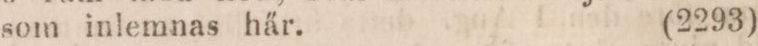
som inlemnas här.    (2293)